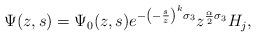
LaTeX: \begin{align*}\Psi(z,s)=\Psi_0(z, s)e^{-\left(-\frac{s}{z}\right)^k\sigma_3}z^{\frac{\alpha}{2} \sigma_3}H_j,\end{align*}